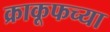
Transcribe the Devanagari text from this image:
क्राकूफच्या